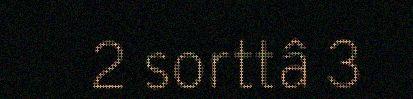
2 sorttâ 3